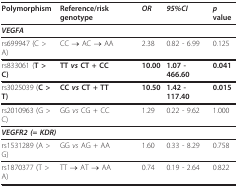
<table><thead><tr><td><b>Polymorphism</b></td><td><b>Reference/risk genotype</b></td><td><b><i>OR</i></b></td><td><b><i>95%CI</i></b></td><td><b><i>p </i>value</b></td></tr></thead><tbody><tr><td colspan="5"><b><i>VEGFA</i></b></td></tr><tr><td>rs699947 (C &gt; A)</td><td>CC → AC → AA</td><td>2.38</td><td>0.82 - 6.99</td><td>0.125</td></tr><tr><td>rs833061 (<b>T &gt; C)</b></td><td><b>TT <i>vs </i>CT + CC</b></td><td><b>10.00</b></td><td><b>1.07 - 466.60</b></td><td><b>0.041</b></td></tr><tr><td>rs3025039 (<b>C &gt; T)</b></td><td><b>CC <i>vs </i>CT + TT</b></td><td><b>10.50</b></td><td><b>1.42 - 117.40</b></td><td><b>0.015</b></td></tr><tr><td>rs2010963 (G &gt; C)</td><td>GG <i>vs </i>CG + CC</td><td>1.29</td><td>0.22 - 9.62</td><td>1.000</td></tr><tr><td colspan="5"><b><i>VEGFR2 (= KDR)</i></b></td></tr><tr><td>rs1531289 (A &gt; G)</td><td>GG <i>vs </i>AG + AA</td><td>1.60</td><td>0.33 - 8.29</td><td>0.758</td></tr><tr><td>rs1870377 (T &gt; A)</td><td>TT → AT → AA</td><td>0.74</td><td>0.19 - 2.64</td><td>0.822</td></tr></tbody></table>